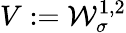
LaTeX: V:=\mathcal{W}_{\sigma}^{1,2}